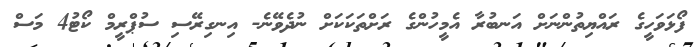
ފޯޅަވަހީގެ ރައްޔިތުންނަށް އަނބުރާ އެމީހުންގެ ރަށްތަކަކަށް ނުދެވޭނެ- އިނގިރޭސި ސުޕްރީމް ކޯޓު4 މަސް